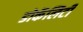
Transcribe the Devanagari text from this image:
डोकॅलिटी